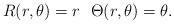
LaTeX: \begin{align*} R(r,\theta )=r\ \ \Theta (r,\theta )=\theta . \end{align*}